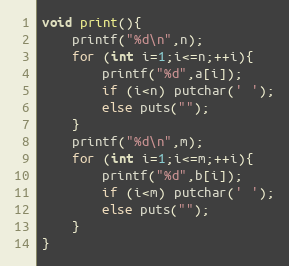
Language: C++
void print(){
	printf("%d\n",n);
	for (int i=1;i<=n;++i){
		printf("%d",a[i]);
		if (i<n) putchar(' ');
		else puts("");
	}
	printf("%d\n",m);
	for (int i=1;i<=m;++i){
		printf("%d",b[i]);
		if (i<m) putchar(' ');
		else puts("");
	}
}